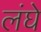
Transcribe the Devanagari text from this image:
लंघे